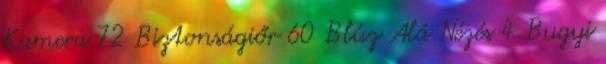
Kamera 72 Biztonságiőr 60 Blúz Alá Nézés 4 Bugyi